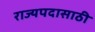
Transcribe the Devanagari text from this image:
राज्यपदासाठी